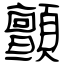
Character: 顫